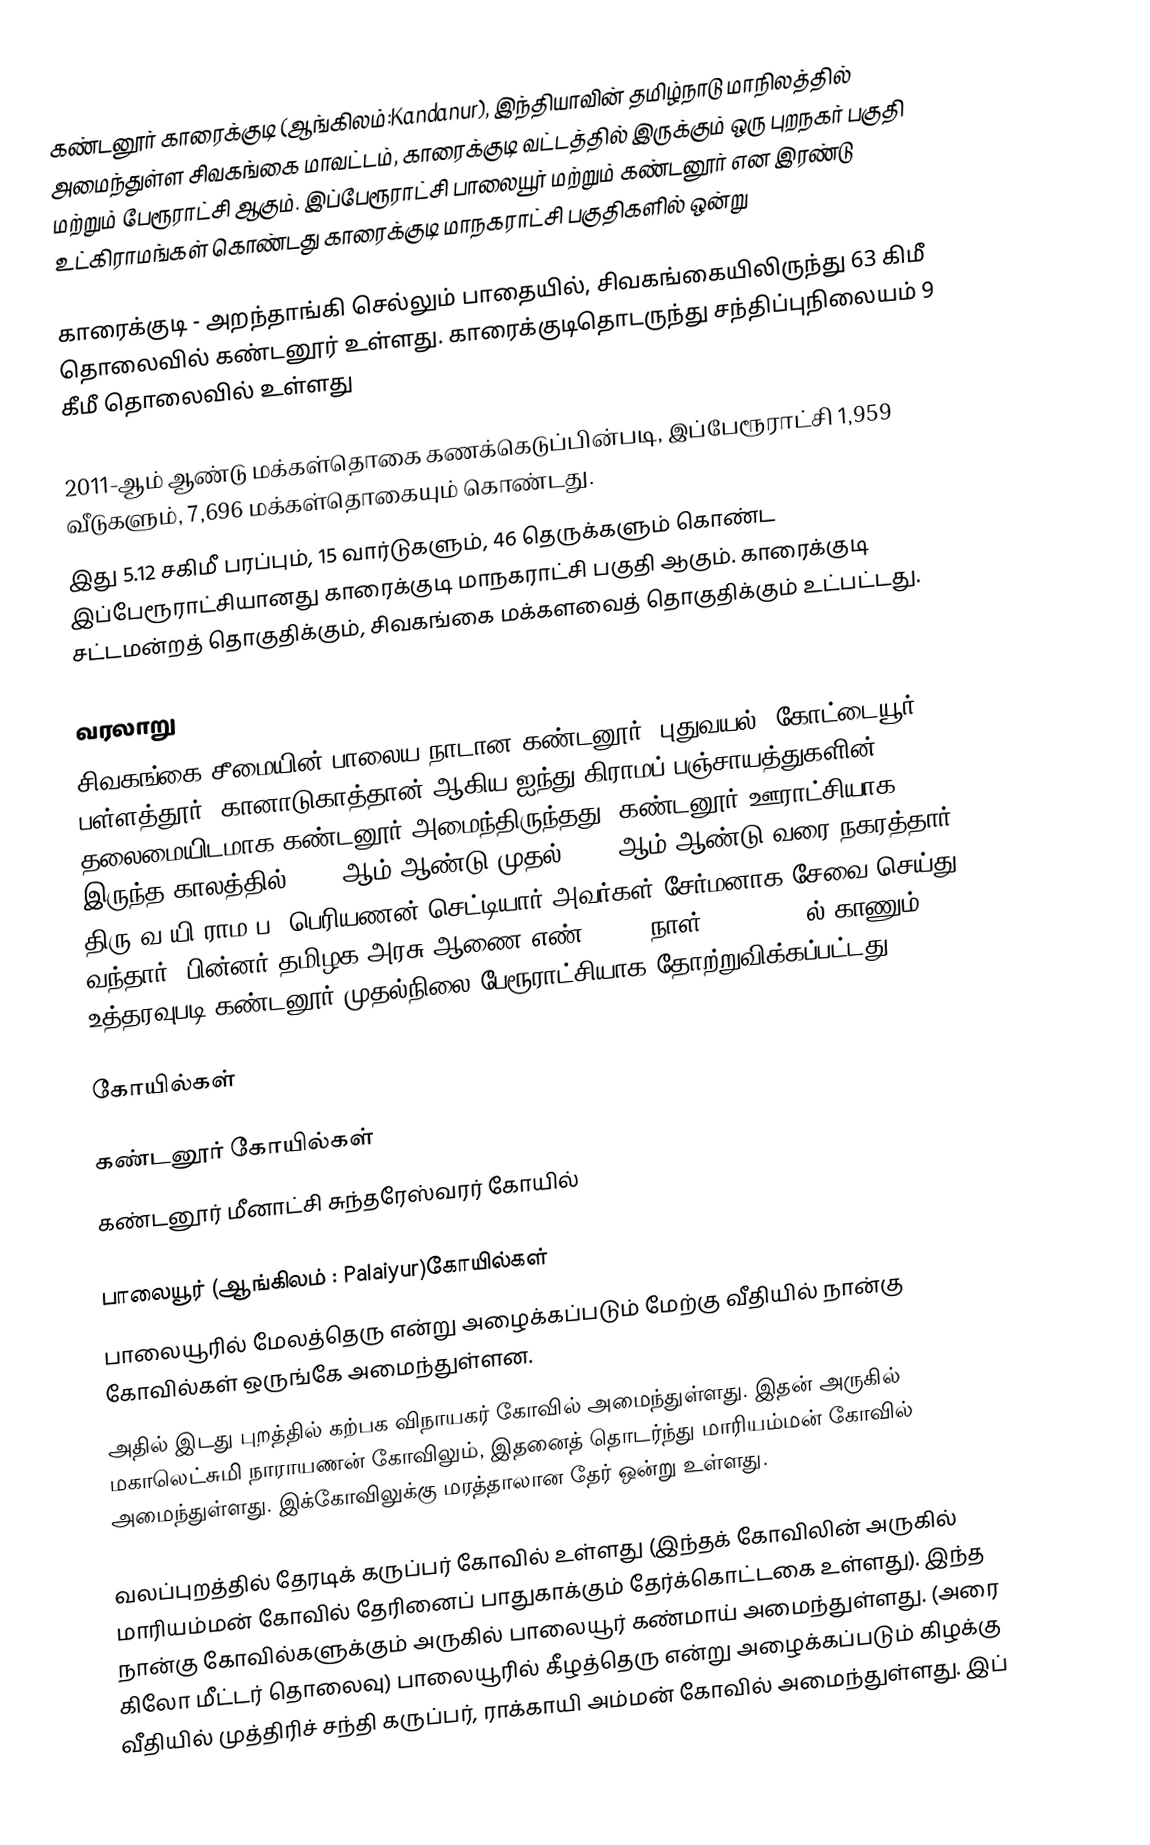
கண்டனூர் காரைக்குடி (ஆங்கிலம்:Kandanur), இந்தியாவின் தமிழ்நாடு மாநிலத்தில் அமைந்துள்ள சிவகங்கை மாவட்டம்,  காரைக்குடி வட்டத்தில் இருக்கும் ஒரு புறநகர் பகுதி மற்றும் பேரூராட்சி ஆகும். இப்பேரூராட்சி பாலையூர்  மற்றும் கண்டனூர்  என இரண்டு உட்கிராமங்கள் கொண்டது காரைக்குடி மாநகராட்சி பகுதிகளில் ஒன்று

காரைக்குடி - அறந்தாங்கி செல்லும் பாதையில், சிவகங்கையிலிருந்து 63 கிமீ தொலைவில் கண்டனூர் உள்ளது.   காரைக்குடிதொடருந்து சந்திப்புநிலையம் 9 கீமீ தொலைவில் உள்ளது

2011-ஆம் ஆண்டு மக்கள்தொகை கணக்கெடுப்பின்படி,   இப்பேரூராட்சி   1,959    வீடுகளும்,    7,696  மக்கள்தொகையும் கொண்டது.
இது 5.12 சகிமீ பரப்பும்,      15 வார்டுகளும், 46 தெருக்களும் கொண்ட இப்பேரூராட்சியானது காரைக்குடி மாநகராட்சி பகுதி ஆகும். காரைக்குடி  சட்டமன்றத் தொகுதிக்கும், சிவகங்கை மக்களவைத் தொகுதிக்கும் உட்பட்டது.

வரலாறு
சிவகங்கை சீமையின்  பாலைய நாடான கண்டனூர், புதுவயல், கோட்டையூர், பள்ளத்தூர், கானாடுகாத்தான் ஆகிய ஐந்து கிராமப் பஞ்சாயத்துகளின் தலைமையிடமாக கண்டனூர் அமைந்திருந்தது. கண்டனூர் ஊராட்சியாக இருந்த காலத்தில், 1905ஆம் ஆண்டு முதல் 1908 ஆம் ஆண்டு வரை நகரத்தார் திரு.வ.யி.ராம.ப. பெரியணன் செட்டியார் அவர்கள் சேர்மனாக சேவை செய்து வந்தார். பின்னர் தமிழக அரசு ஆணை எண்.1287, நாள்.15.03.1929ல் காணும் உத்தரவுபடி கண்டனூர் முதல்நிலை பேரூராட்சியாக தோற்றுவிக்கப்பட்டது.

கோயில்கள்

கண்டனூர் கோயில்கள்
 கண்டனூர் மீனாட்சி சுந்தரேஸ்வரர் கோயில்

பாலையூர்  (ஆங்கிலம் : Palaiyur)கோயில்கள்
பாலையூரில் மேலத்தெரு என்று அழைக்கப்படும் மேற்கு வீதியில் நான்கு கோவில்கள் ஒருங்கே அமைந்துள்ளன.
அதில் இடது புறத்தில் கற்பக விநாயகர் கோவில் அமைந்துள்ளது. இதன் அருகில் மகாலெட்சுமி நாராயணன் கோவிலும், இதனைத் தொடர்ந்து மாரியம்மன்  கோவில் அமைந்துள்ளது. இக்கோவிலுக்கு மரத்தாலான தேர் ஒன்று உள்ளது.   

வலப்புறத்தில் தேரடிக் கருப்பர்  கோவில் உள்ளது (இந்தக் கோவிலின் அருகில்  மாரியம்மன் கோவில் தேரினைப் பாதுகாக்கும் தேர்க்கொட்டகை உள்ளது). இந்த நான்கு கோவில்களுக்கும் அருகில் பாலையூர் கண்மாய் அமைந்துள்ளது. (அரை கிலோ மீட்டர் தொலைவு) பாலையூரில் கீழத்தெரு என்று அழைக்கப்படும்  கிழக்கு வீதியில் முத்திரிச் சந்தி கருப்பர், ராக்காயி அம்மன் கோவில்  அமைந்துள்ளது. இப்